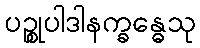
ပဉ္စုပါဒါနက္ခန္ဓေသု